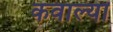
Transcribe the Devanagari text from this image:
कवाल्या